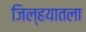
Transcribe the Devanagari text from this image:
जिल्हयातला